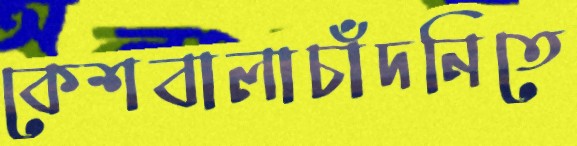
কেশবালাচাঁদনিতে